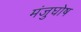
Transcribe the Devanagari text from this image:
मंजुघोष